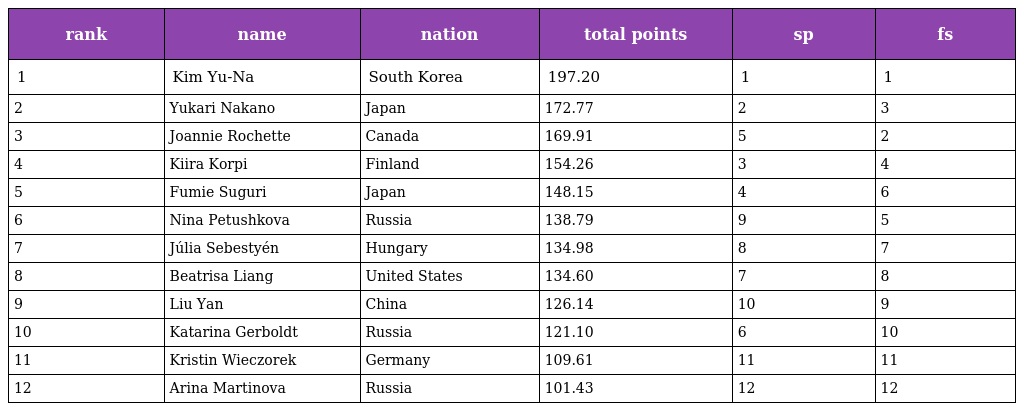
| rank | name | nation | total points | sp | fs |
 | --- | --- | --- | --- | --- | --- |
 | 1 | Kim Yu-Na | South Korea | 197.20 | 1 | 1 |
 | 2 | Yukari Nakano | Japan | 172.77 | 2 | 3 |
 | 3 | Joannie Rochette | Canada | 169.91 | 5 | 2 |
 | 4 | Kiira Korpi | Finland | 154.26 | 3 | 4 |
 | 5 | Fumie Suguri | Japan | 148.15 | 4 | 6 |
 | 6 | Nina Petushkova | Russia | 138.79 | 9 | 5 |
 | 7 | Júlia Sebestyén | Hungary | 134.98 | 8 | 7 |
 | 8 | Beatrisa Liang | United States | 134.60 | 7 | 8 |
 | 9 | Liu Yan | China | 126.14 | 10 | 9 |
 | 10 | Katarina Gerboldt | Russia | 121.10 | 6 | 10 |
 | 11 | Kristin Wieczorek | Germany | 109.61 | 11 | 11 |
 | 12 | Arina Martinova | Russia | 101.43 | 12 | 12 |